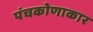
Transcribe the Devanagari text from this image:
पंचकोणाकार